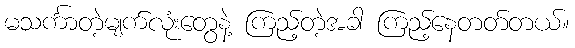
မသင်္ကာတဲ့မျက်လုံးတွေနဲ့ ကြည့်တဲ့အခါ ကြည့်နေတတ်တယ်။